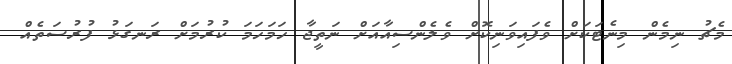
މެޗު ނިމެން މިނެޓަކަށް ވެފައިވަނިކޮށް ވެލެންސިއާއަށް ނަތީޖާ ހަމަހަމަ ކުރުމަށް ރަނގަޅު ފުރުސަތެއް